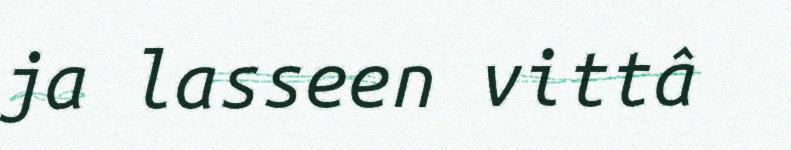
ja lasseen vittâ